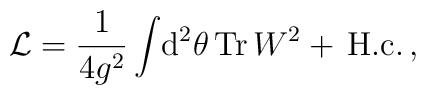
{\cal L} =  \frac{1}{4g^2}  \int\!{\rm d}^2\theta \,\mbox{Tr}\, W^2 +\,\mbox{H.c.}\, ,